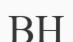
ВН